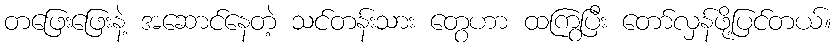
တဖြေးဖြေးနဲ့ အဆောင်နေတဲ့ သင်တန်းသား တွေဟာ ထကြွပြီး တော်လှန်ဖို့ပြင်တယ်။